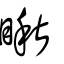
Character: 瞅